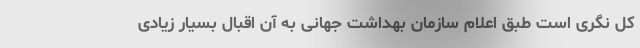
کل نگری است طبق اعلام سازمان بهداشت جهانی به آن اقبال بسیار زیادی